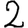
Digit: 2